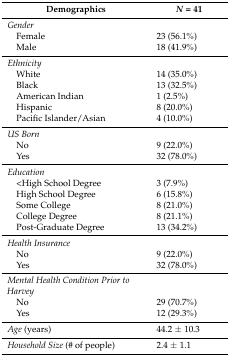
<table><thead><tr><td><b>Demographics</b></td><td><b><i>N</i> = 41</b></td></tr></thead><tbody><tr><td><i>Gender</i></td><td></td></tr><tr><td> Female</td><td>23 (56.1%)</td></tr><tr><td> Male</td><td>18 (41.9%)</td></tr><tr><td><i>Ethnicity</i></td><td></td></tr><tr><td> White</td><td>14 (35.0%)</td></tr><tr><td> Black</td><td>13 (32.5%)</td></tr><tr><td> American Indian</td><td>1 (2.5%)</td></tr><tr><td> Hispanic </td><td>8 (20.0%)</td></tr><tr><td> Pacific Islander/Asian</td><td>4 (10.0%)</td></tr><tr><td><i>US Born</i></td><td></td></tr><tr><td> No</td><td>9 (22.0%)</td></tr><tr><td> Yes</td><td>32 (78.0%)</td></tr><tr><td><i>Education</i></td><td></td></tr><tr><td> &lt;High School Degree</td><td>3 (7.9%)</td></tr><tr><td> High School Degree</td><td>6 (15.8%)</td></tr><tr><td> Some College</td><td>8 (21.0%)</td></tr><tr><td> College Degree</td><td>8 (21.1%)</td></tr><tr><td> Post-Graduate Degree</td><td>13 (34.2%)</td></tr><tr><td><i>Health Insurance</i></td><td></td></tr><tr><td> No</td><td>9 (22.0%)</td></tr><tr><td> Yes</td><td>32 (78.0%)</td></tr><tr><td><i>Mental Health Condition Prior to Harvey</i></td><td></td></tr><tr><td> No</td><td>29 (70.7%)</td></tr><tr><td> Yes</td><td>12 (29.3%)</td></tr><tr><td><i>Age</i> (years)</td><td>44.2 ± 10.3</td></tr><tr><td><i>Household Size</i> (# of people)</td><td>2.4 ± 1.1</td></tr></tbody></table>